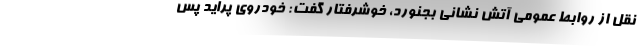
نقل از روابط عمومی آتش نشانی بجنورد، خوشرفتار گفت: خودروی پراید پس